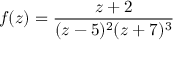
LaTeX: f ( z ) = { \frac { z + 2 } { ( z - 5 ) ^ { 2 } ( z + 7 ) ^ { 3 } } }